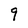
Character: 9